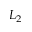
L _ { 2 }